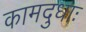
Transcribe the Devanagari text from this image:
कामदुधाः